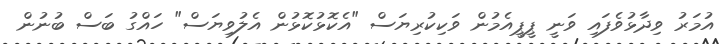
އުމަރު ވިދާޅުވެފައި ވަނީ ޕީޕީއެމުން ވަކިކުރިޔަސް "އެކޮޅުކޮޅުން އެލުވިޔަސް" ހައްގު ބަސް ބުނުން